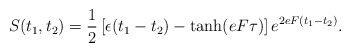
\begin{align*}S(t_{1},t_{2})= \frac{1}{2}\left[\epsilon (t_{1}-t_{2}) - \tanh(eF \tau)\right] e^{2eF (t_{1}-t_{2})}.\end{align*}